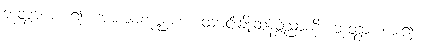
ဘုတွာ၊ စား၍။ အာစာမကုဏ္ဍကံ၊ ထမင်းချိုးဆန်ခွဲညှာကို။ ဘုတွာ၊ စား၍။